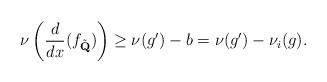
LaTeX: \begin{align*}\nu\left(\frac{d}{dx}(f_{\tilde{\textbf{Q}}})\right)\geq \nu(g')-b=\nu(g')-\nu_i(g).\end{align*}